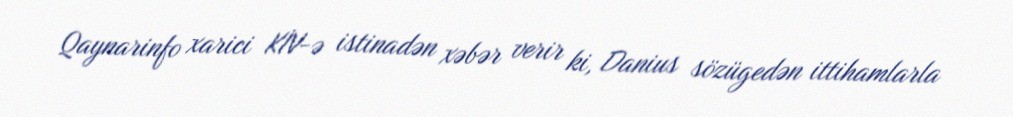
Qaynarinfo xarici KİV-ə istinadən xəbər verir ki, Danius sözügedən ittihamlarla